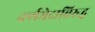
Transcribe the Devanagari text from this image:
वर्णभेदाविरुद्ध